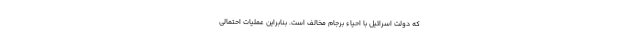
که دولت اسرائیل با احیاء برجام مخالف است. بنابراین عملیات احتمالی